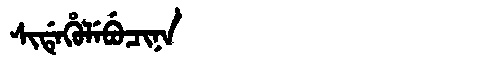
Manchu: ᠰᡳᡩᡝᡥᡠᠯᡝᠪᡠᠴᡳᠨᠠ
Romanization: SIDEHULEBUCINA